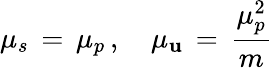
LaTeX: \mu_{s}\, =\, \mu_{p}\, ,\quad\mu_{\mathbf{u}}\, =\, \frac{{\mu_{p}^{2}}}{{m}}